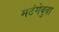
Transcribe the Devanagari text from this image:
मटंगेबुवा